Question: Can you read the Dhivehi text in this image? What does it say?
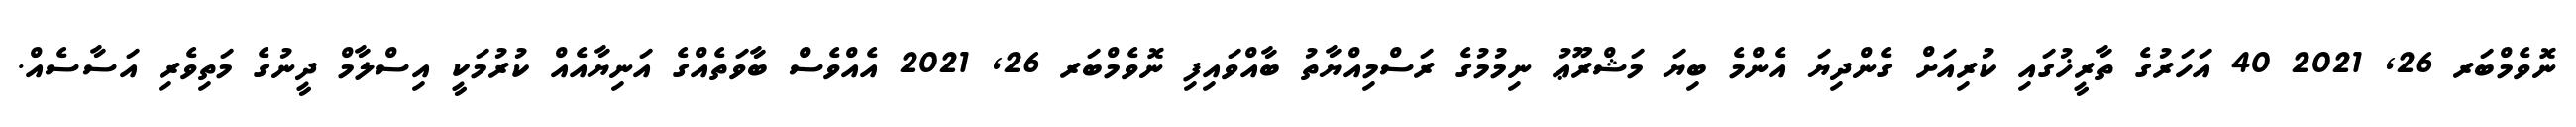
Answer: ނޮވެމްބަރ 26, 2021 40 އަހަރުގެ ތާރީޚުގައި ކުރިއަށް ގެންދިޔަ އެންމެ ބިޔަ މަޝްރޫޢު ނިމުމުގެ ރަސްމިއްޔާތު ބާއްވައިފި ނޮވެމްބަރ 26, 2021 އެއްވެސް ބާވަތެއްގެ އަނިޔާއެއް ކުރުމަކީ އިސްލާމް ދީނުގެ މަތިވެރި އަސާސެއް.